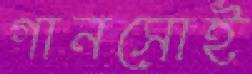
গানসোই